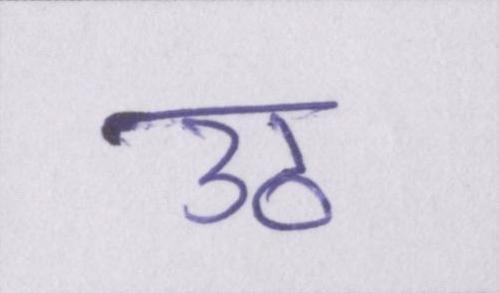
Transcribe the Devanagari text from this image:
उठ